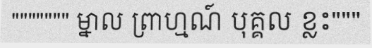
""""""" ម្នាល ញ្រហ្មណ៍ បុគ្គល ខ្លះ"""